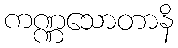
ကဏ္ဏသောတာနိ